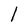
Character: l